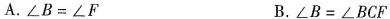
A. $$\triangle B=\triangle F$$ B. $$\triangle B=\triangle BCF$$